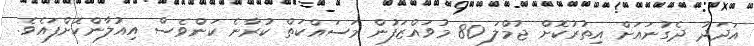
އަދަދު ދެގުނައަށް އިތުރުކޮށް ޖުމްލަ 80 މުވައްޒަފުން މަސައްކަތް ކުރާނެ ކަންވެސް އިއުލާންކޮށްފައެވެ.